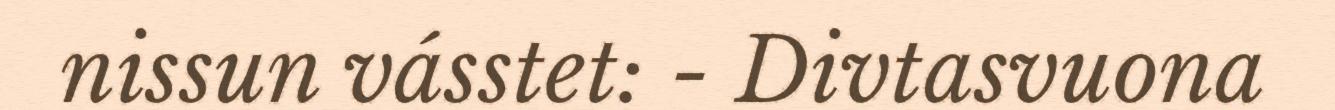
nissun vásstet: - Divtasvuona